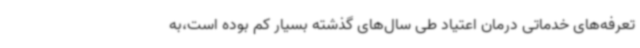
تعرفه‌های خدماتی درمان اعتیاد طی سال‌های گذشته بسیار کم بوده است،به